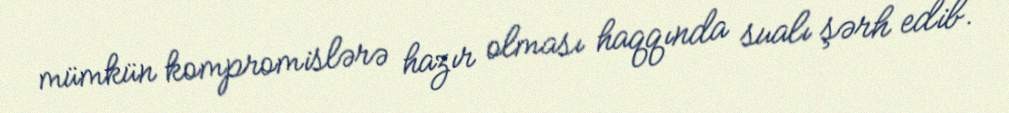
mümkün kompromislərə hazır olması haqqında sualı şərh edib.